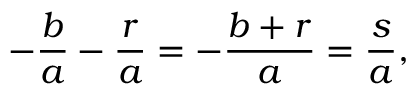
- { \frac { b } { a } } - { \frac { r } { a } } = - { \frac { b + r } { a } } = { \frac { s } { a } } ,